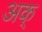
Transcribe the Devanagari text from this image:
अक्